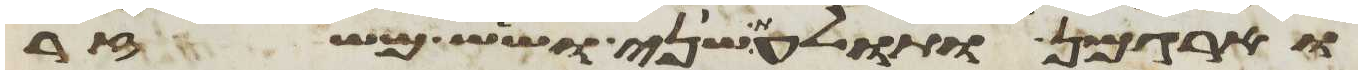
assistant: וארגמן ותולעת שני ושש משזר